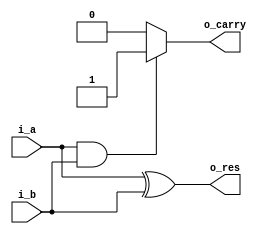
`timescale 1ns / 1ps
//////////////////////////////////////////////////////////////////////////////////
// Company: 
// Engineer: 
// 
// Design Name: 
// Module Name:    halfAdder 
// Project Name: 
// Target Devices: 
// Tool versions: 
// Description: 
//
// Dependencies: 
//
// Revision: 
// Revision 0.01 - File Created
// Additional Comments: 
//
//////////////////////////////////////////////////////////////////////////////////
module halfAdder(
	input wire i_a,
	input wire i_b,
	output reg o_res,
	output reg o_carry
    );
	
	always @(i_a,i_b)
	begin
	
	o_res = i_a ^ i_b;
	if(i_a & i_b)
	begin
	o_carry = 1;
	end
	else
	o_carry = 0;
	end

endmodule